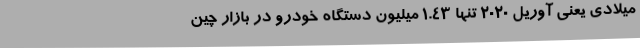
میلادی یعنی آوریل 2020 تنها 1.43 میلیون دستگاه خودرو در بازار چین